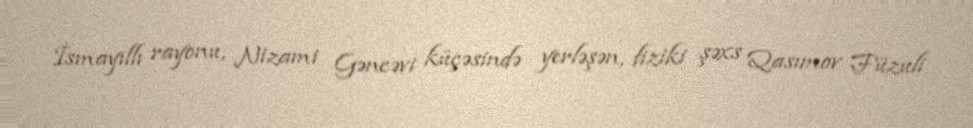
İsmayıllı rayonu, Nizami Gəncəvi küçəsində yerləşən, fiziki şəxs Qasımov Füzuli